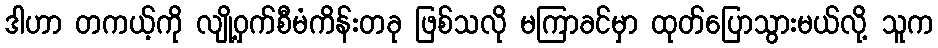
ဒါဟာ တကယ့်ကို လျို့ဝှက်စီမံကိန်းတခု ဖြစ်သလို မကြာခင်မှာ ထုတ်ပြောသွားမယ်လို့ သူက